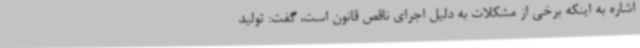
اشاره به اینکه برخی از مشکلات به دلیل اجرای ناقص قانون است، گفت: تولید